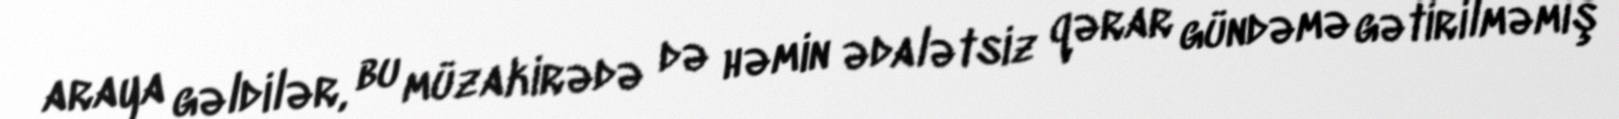
araya gəldilər, bu müzakirədə də həmin ədalətsiz qərar gündəmə gətirilməmiş